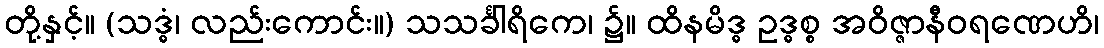
တို့နှင့်။ (သဒ္ဓံ၊ လည်းကောင်း။) သသင်္ခါရိကေ၊ ၌။ ထိနမိဒ္ဓ ဥဒ္ဓစ္စ အဝိဇ္ဇာနီဝရဏေဟိ၊